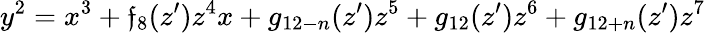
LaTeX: y^{2}=x^{3}+\mathfrak{f}_{8}(z^{\prime})z^{4}x+g_{12-n}(z^{\prime})z^{5}+g_{12}(z^{\prime})z^{6}+g_{12+n}(z^{\prime})z^{7}